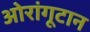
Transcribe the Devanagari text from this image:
ओरांगूटान